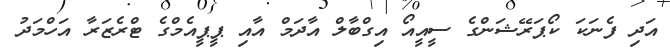
އަދި ފެނަކަ ކޯޕަރޭޝަންގެ ސީއީއޯ އިގްބާލް އާދަމް އާއި ޕީޕީއެމްގެ ޓްރެޒަރާ އަހްމަދު